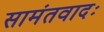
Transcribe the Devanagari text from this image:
सामंतवादः